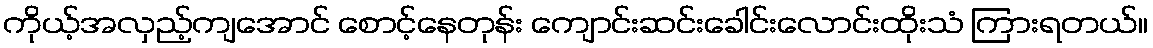
ကိုယ့်အလှည့်ကျအောင် စောင့်နေတုန်း ကျောင်းဆင်းခေါင်းလောင်းထိုးသံ ကြားရတယ်။